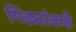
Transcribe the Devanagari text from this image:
पिढ्यांकडे